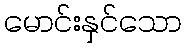
မောင်းနှင်သော